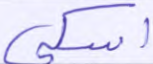
أسكي